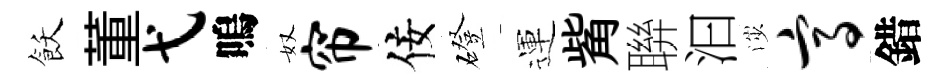
飫董弋嗚奴帘佞磴運觜聨汩渉高錯